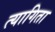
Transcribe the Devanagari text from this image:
त्यागिता